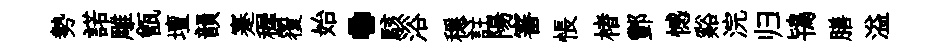
勢諾雕甑壇韻蹇穉覆始·駭浴穩註陽審悵楮酆憾谿浣归鴇膳溢